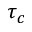
\tau _ { c }